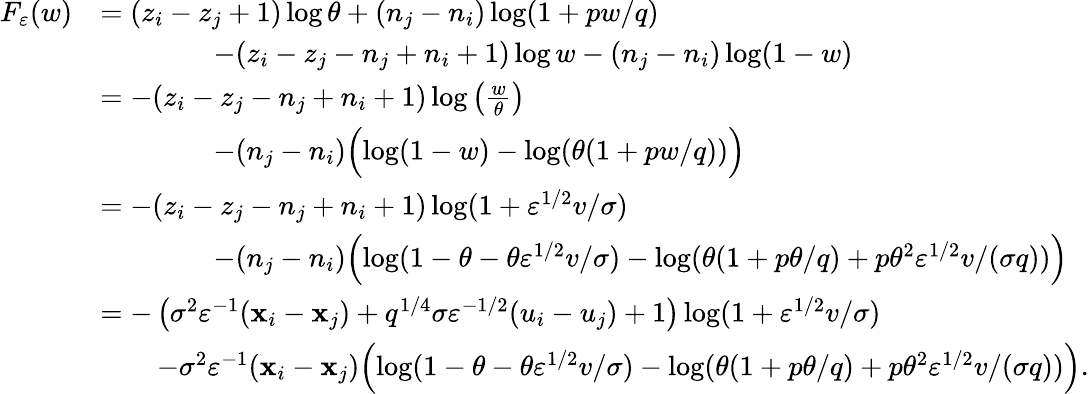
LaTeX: \begin{array}{rl}{F_{\varepsilon}(w)}&{=(z_{i}-z_{j}+1)\log\theta+(n_{j}-n_{i})\log(1+pw/q)}\\ &{\qquad\qquad-(z_{i}-z_{j}-n_{j}+n_{i}+1)\log w-(n_{j}-n_{i})\log(1-w)}\\ &{=-(z_{i}-z_{j}-n_{j}+n_{i}+1)\log\left(\frac{w}{\theta}\right)}\\ &{\qquad\qquad-(n_{j}-n_{i})\Bigl(\log(1-w)-\log(\theta(1+pw/q))\Bigr)}\\ &{=-(z_{i}-z_{j}-n_{j}+n_{i}+1)\log(1+\varepsilon^{1/2}v/\sigma)}\\ &{\qquad\qquad-(n_{j}-n_{i})\Bigl(\log(1-\theta-\theta\varepsilon^{1/2}v/\sigma)-\log(\theta(1+p\theta/q)+p\theta^{2}\varepsilon^{1/2}v/(\sigma q))\Bigr)}\\ &{=-\left(\sigma^{2}\varepsilon^{-1}(\mathbf{x}_{i}-\mathbf{x}_{j})+q^{1/4}\sigma\varepsilon^{-1/2}(u_{i}-u_{j})+1\right)\log(1+\varepsilon^{1/2}v/\sigma)}\\ &{\qquad-\sigma^{2}\varepsilon^{-1}(\mathbf{x}_{i}-\mathbf{x}_{j})\Bigl(\log(1-\theta-\theta\varepsilon^{1/2}v/\sigma)-\log(\theta(1+p\theta/q)+p\theta^{2}\varepsilon^{1/2}v/(\sigma q))\Bigr).}\end{array}